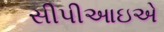
સીપીઆઇએ